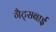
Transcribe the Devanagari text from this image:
गैट्सबाई